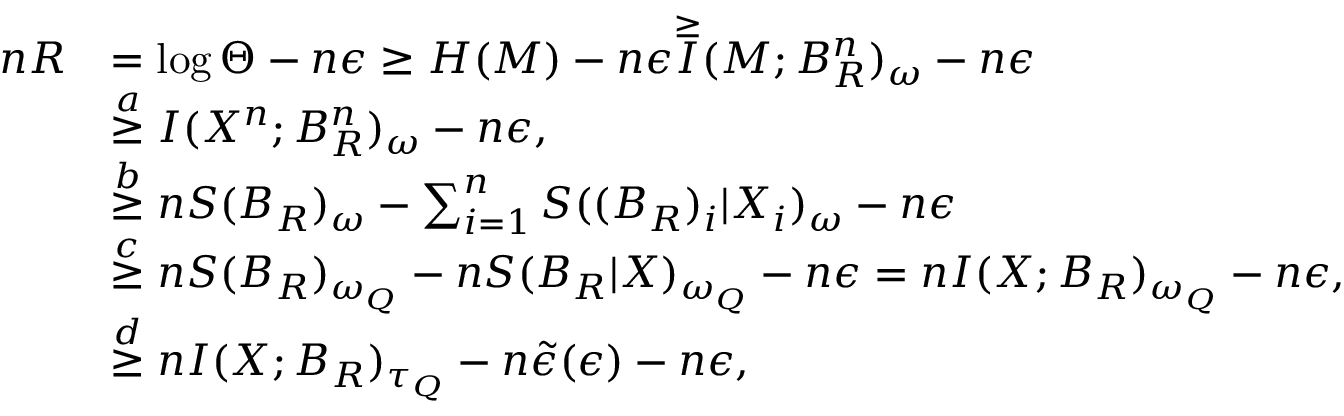
\begin{array} { r l } { n R } & { = \log \Theta - n \epsilon \geq H ( M ) - n \epsilon \overset { \geq } I ( M ; B _ { { R } } ^ { n } ) _ { \omega } - n \epsilon } \\ & { \overset { a } { \geq } I ( X ^ { n } ; B _ { { R } } ^ { n } ) _ { \omega } - n \epsilon , } \\ & { \overset { b } { \geq } n S ( B _ { { R } } ) _ { \omega } - \sum _ { i = 1 } ^ { n } S ( ( B _ { { R } } ) _ { i } | X _ { i } ) _ { \omega } - n \epsilon } \\ & { \overset { c } { \geq } n S ( B _ { { R } } ) _ { \omega _ { Q } } - n S ( B _ { { R } } | X ) _ { \omega _ { Q } } - n \epsilon = n I ( X ; B _ { { R } } ) _ { \omega _ { Q } } - n \epsilon , } \\ & { \overset { d } { \geq } n I ( X ; B _ { { R } } ) _ { \tau _ { Q } } - n \tilde { \epsilon } ( \epsilon ) - n \epsilon , } \end{array}